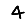
Digit: 4